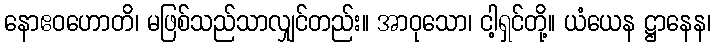
နောဧဝဟောတိ၊ မဖြစ်သည်သာလျှင်တည်း။ အာဝုသော၊ ငါ့ရှင်တို့။ ယံယေန ဋ္ဌာနေန၊